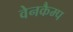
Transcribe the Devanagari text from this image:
वेनकैम्प